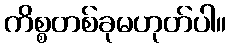
ကိစ္စတစ်ခုမဟုတ်ပါ။